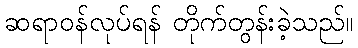
ဆရာဝန်လုပ်ရန် တိုက်တွန်းခဲ့သည်။